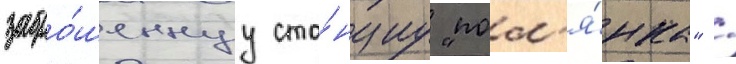
забро́шеннуу ста́нциу "пол'я́нка" /